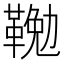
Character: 𩋭